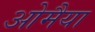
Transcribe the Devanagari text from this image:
ओमैया